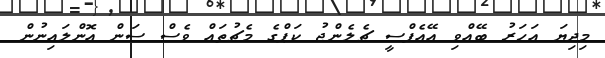
މިދިޔަ އަހަރު ބޭއްވި އޭއެފްސީ ޗެލެންޖު ކަޕްގެ މެޗުތައް ވެސް ސަން އޮންލައިނުން